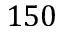
1 5 0